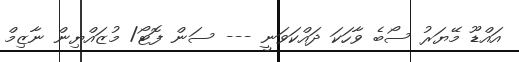
އައްޑޫ މޭޔަރު ސޯބެ ވާހަކަ ދައްކަވަނީ --- ސަން ފޮޓޯ/ މުޒައްޔިން ނާޒިމް